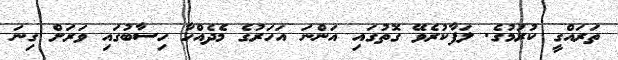
ތަރައްގީ ކުރުމުގެ. ލަފާކުރެވޭ ގޮތުގައި އަންނަ އަހަރުގެ މެދެއްހާ ހިސާބުގައި ވަރަށް ގިނަ